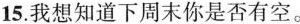
15.我想知道下周末你是否有空。